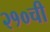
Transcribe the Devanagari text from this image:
२१०ची